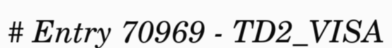
# Entry 70969 - TD2_VISA